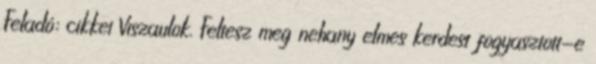
Feladó: cikkei Viszaulok. Feltesz meg nehany elmes kerdest fogyasztott-e